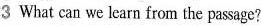
3 What can we learn from the pasage?